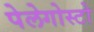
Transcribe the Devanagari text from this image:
पेलेगोस्टो